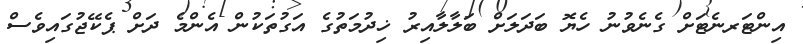
އިންޓަރނެޓަށް ގެނެވުނު ހެޔޮ ބަދަލަށް ބަލާލާއިރު ޚިދުމަތުގެ އަގުތަކުން އެންމެ ދަށް ޕެކޭޖުގައިވެސް